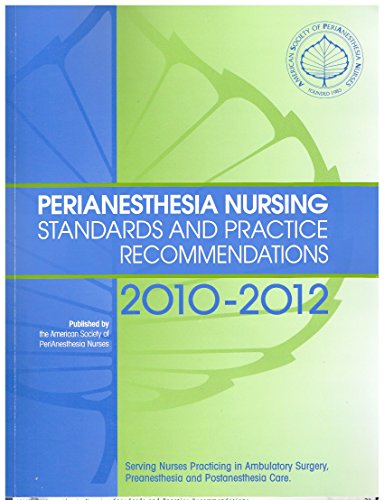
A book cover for Perianesthesia Nursing: Standards and Recommended Practices 2010-2012 (Aspan, Standards of Perianesthesia Nursing Practice); Aspan; Medical Books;